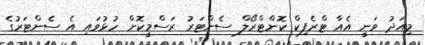
މިއަދު ވަނީ އެއާ ޓްރެފިކް ކޮންޓްރޯލް ސެންޓަރު ރަސްމީކޮށް ހުޅުވައި އެ ސެންޓަރުގެ